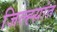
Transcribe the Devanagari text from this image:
जिल्ह्य़ांत